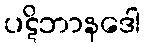
ပဋိဘာနဒေါ